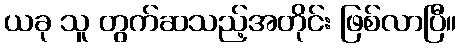
ယခု သူ တွက်ဆသည့်အတိုင်း ဖြစ်လာပြီ။